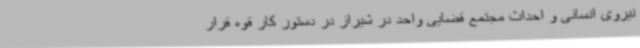
نیروی انسانی و احداث مجتمع قضایی واحد در شیراز در دستور کار قوه قرار